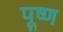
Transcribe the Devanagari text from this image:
पूष्ण